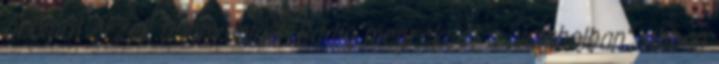
örömöt érzek Danny miatt. Eddig megrekedt a „valaholban”, abban